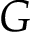
G